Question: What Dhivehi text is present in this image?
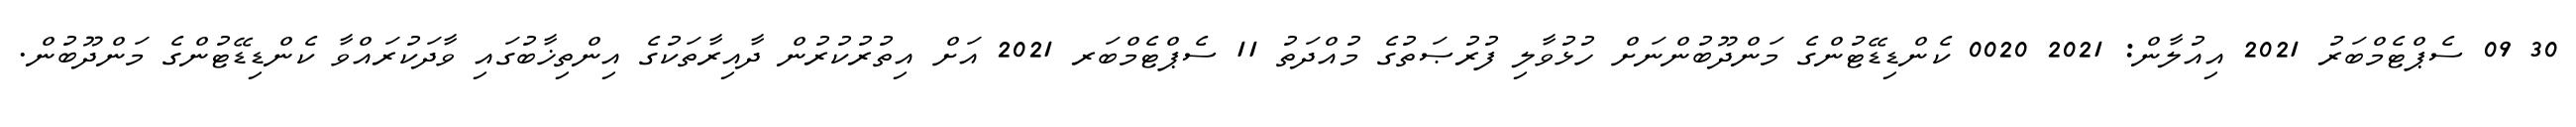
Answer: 30 09 ސެޕްޓެމްބަރު 2021 އިއުލާން: 2021 0020 ކެންޑިޑޭޓުންގެ މަންދޫބުންނަށް ހުޅުވާލި ފުރުޞަތުގެ މުއްދަތު 11 ސެޕްޓެމްބަރ 2021 އަށް އިތުރުކުރުން ދާއިރާތަކުގެ އިންތިޚާބުގައި ވާދަކުރައްވާ ކެންޑިޑޭޓުންގެ މަންދޫބުން.